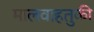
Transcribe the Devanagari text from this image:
मालवाहतुकी